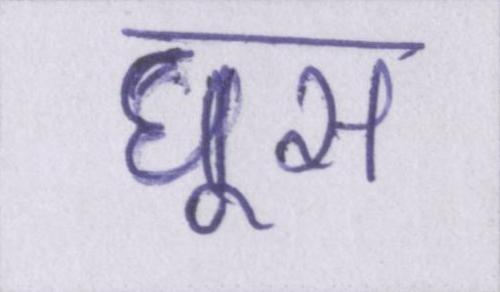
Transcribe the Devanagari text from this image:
घूस